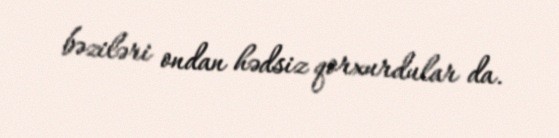
bəziləri ondan hədsiz qorxurdular da.